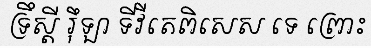
ទ្រឹស្តី រ៉ឹឡា ទីវីតេពិសេស ទេ ព្រោះ